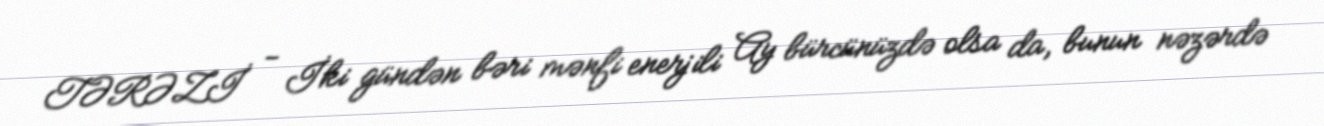
TƏRƏZİ - İki gündən bəri mənfi enerjili Ay bürcünüzdə olsa da, bunun nəzərdə